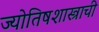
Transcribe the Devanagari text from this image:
ज्योतिषशास्त्राची